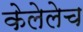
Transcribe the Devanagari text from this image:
केलेलेच